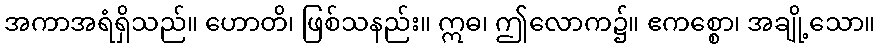
အကာအရံရှိသည်။ ဟောတိ၊ ဖြစ်သနည်း။ ဣဓ၊ ဤလောက၌။ ဧကစ္စော၊ အချို့သော။